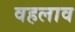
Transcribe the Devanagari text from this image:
वहलाव